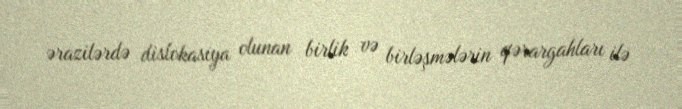
ərazilərdə dislokasiya olunan birlik və birləşmələrin qərargahları ilə